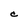
Character: C